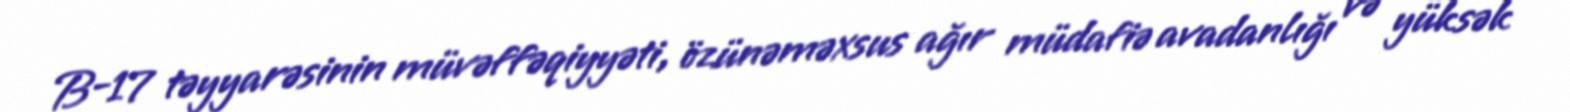
B-17 təyyarəsinin müvəffəqiyyəti, özünəməxsus ağır müdafiə avadanlığı və yüksək